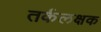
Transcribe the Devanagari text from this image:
तर्कलक्षक